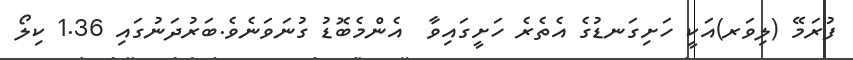
ފުރަމޭ (ލިވަރ)އަކީ ހަށިގަނޑުގެ އެތެރެ ހަށީގައިވާ  އެންމެބޮޑު ގުނަވަނެވެ.ބަރުދަނުގައި 1.36 ކިލޯ